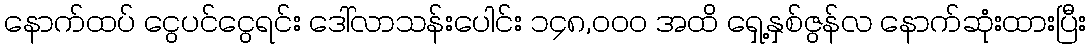
နောက်ထပ် ငွေပင်ငွေရင်း ဒေါ်လာသန်းပေါင်း ၁၄၈,၀၀၀ အထိ ရှေ့နှစ်ဇွန်လ နောက်ဆုံးထားပြီး